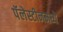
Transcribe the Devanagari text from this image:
पॅलेस्टीनमध्ये